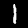
Digit: 1